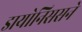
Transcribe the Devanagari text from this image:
डायोनिससने